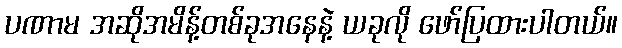
ပဏာမ အဆိုအမိန့်တစ်ခုအနေနဲ့ ယခုလို ဖော်ပြထားပါတယ်။